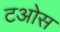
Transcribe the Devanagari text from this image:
टओस